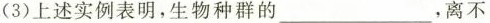
(3)上述实例表明，生物种群的___，离不